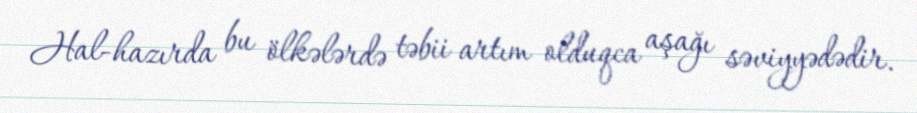
Hal-hazırda bu ölkələrdə təbii artım olduqca aşağı səviyyədədir.